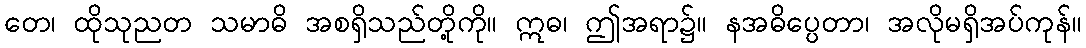
တေ၊ ထိုသုညတ သမာဓိ အစရှိသည်တို့ကို။ ဣဓ၊ ဤအရာ၌။ နအဓိပ္ပေတာ၊ အလိုမရှိအပ်ကုန်။